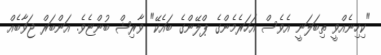
"ކިހިނެއްވީ ތިބަލަނީ އެވެސް އަހަރެމެންގެ ޕްލޭންގެ ބައެކޭ" ވާރިޝް ބުންޏެވެ. އަންބަރް ޖަވާބެއް